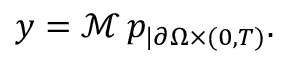
y = \mathcal { M } \, p _ { | \partial \Omega \times ( 0 , T ) } .